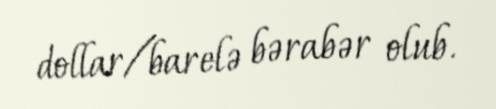
dollar/barelə bərabər olub.